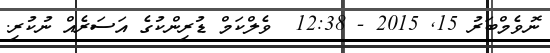
ނޮވެމްބަރު 15